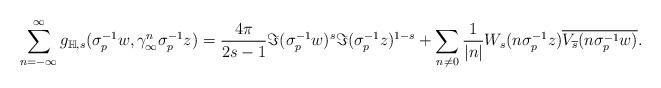
LaTeX: \begin{align*}\sum_{n=-\infty}^{\infty}g_{\mathbb{H},s}(\sigma_{p}^{-1}w,\gamma_{\infty}^{n}\sigma_{p}^{-1}z)=\frac{4\pi}{2s-1}\Im(\sigma_{p}^{-1}w)^{s}\Im(\sigma_{p}^{-1}z)^{1-s} +\sum_{n\neq0}\frac{1}{|n|}W_{s}(n\sigma_{p}^{-1}z)\overline{V_{\overline{s}}(n\sigma_{p}^{-1}w)}.\end{align*}